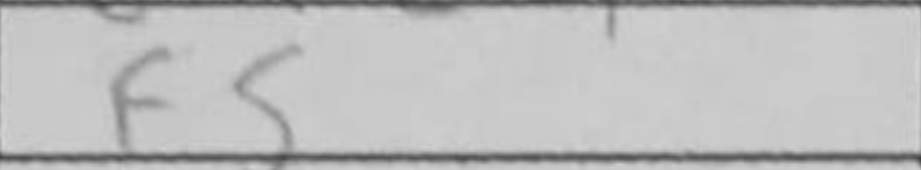
Transcription: f5